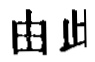
由此